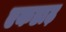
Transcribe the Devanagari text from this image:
एकडाढ़